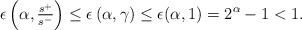
LaTeX: \begin{align*} \epsilon\left(\alpha,\tfrac{s^+}{s^-}\right)\le \epsilon\left(\alpha,\gamma \right)\le \epsilon(\alpha,1)= 2^\alpha-1<1.\end{align*}